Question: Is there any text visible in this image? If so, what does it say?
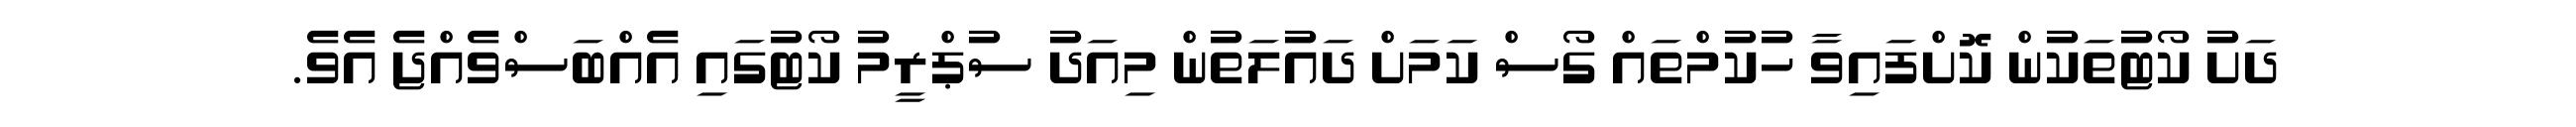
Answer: ދަށު ކޯޓުތަކުން ކޮށްފައިވާ ހުކުމްތައް ގޯސް ކަމަށް ދައުލަތުން މިއަދު ސުޕްރީމު ކޯޓުގައި އެއްބަސްވެއްޖެ އެވެ.